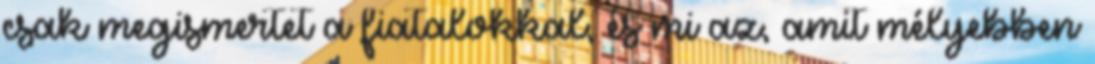
csak megismertet a fiatalokkal, és mi az, amit mélyebben